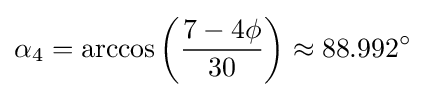
\alpha _{4}=\arccos \left({\frac {7-4\phi }{30}}\right)\approx 88.992^{\circ }